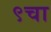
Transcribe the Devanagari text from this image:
९चा